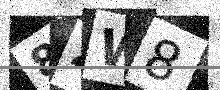
Text: 8ZW8